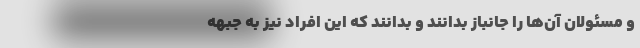
و مسئولان آن‌ها را جانباز بدانند و بدانند که این افراد نیز به جبهه